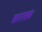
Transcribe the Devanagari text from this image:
सारासंस